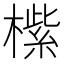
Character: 橴